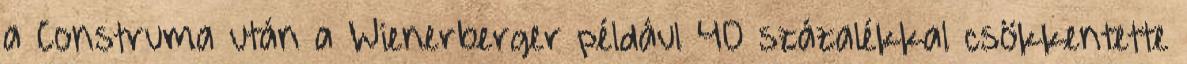
a Construma után a Wienerberger például 40 százalékkal csökkentette